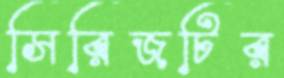
সিরিজটির